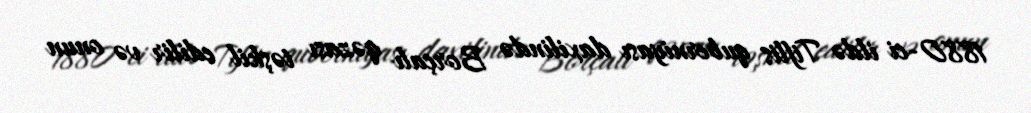
1880-ci ildə Tiflis quberniyası daxilində Borçalı qəzası təşkil edilir və onun